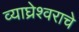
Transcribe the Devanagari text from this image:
व्याघ्रेश्वराचे